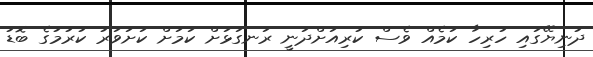
ދުނިޔޭގައި ހުރިހާ ކަމެއް ވެސް ކުރިއަށްދަނީ ރަނގަޅަށް ކަމަށް ކަށަވަރު ކުރުމުގެ ބޮޑު